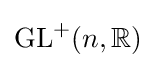
\mathrm {GL} ^{+}(n,\mathbb {R} )